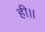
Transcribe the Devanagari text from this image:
ही।।